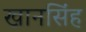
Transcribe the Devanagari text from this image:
खानसिंह